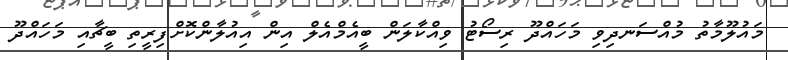
މައުލޫމާތު މުއްސަނދިވި މަހައްދޫ ރިސޯޓު ވިއްކާލަން ބީއެމްއެލް އިން އިއުލާންކޮށްފިރީތި ބީޗާއި މަހައްދޫ